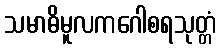
သမာဓိမူလကဂေါစရသုတ္တံ